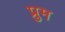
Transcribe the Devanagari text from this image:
प्रुम